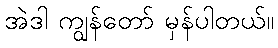
အဲဒါ ကျွန်တော် မှန်ပါတယ်။